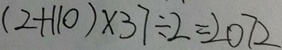
( 2 + 1 1 0 ) \times 3 7 \div 2 = 2 0 7 2